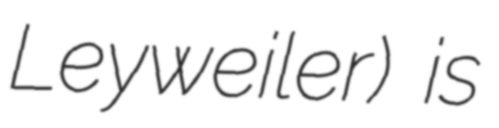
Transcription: Leyweiler) is